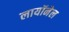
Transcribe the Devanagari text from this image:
लायॉनेल